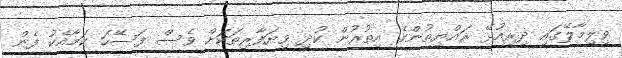
ވިލިމާލޭގައި ދިރިއުޅޭ ރައްޔިތުންގެ އިތުރުން ކުދި ވިޔަފާރިތަކަށް ވެސް ފަސޭހަ ކަމާއެކު ފެން